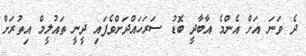
ދެ ވަނަ އަށް އެންމެ އާބާދީ ބޮޑު ސަރަހައްދަށްވެފައި ދީނީ ތައުލީމް އިތުރަށް